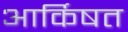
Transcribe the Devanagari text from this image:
आर्किषत